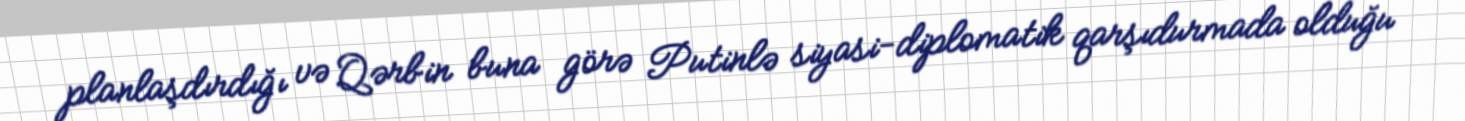
planlaşdırdığı və Qərbin buna görə Putinlə siyasi-diplomatik qarşıdurmada olduğu